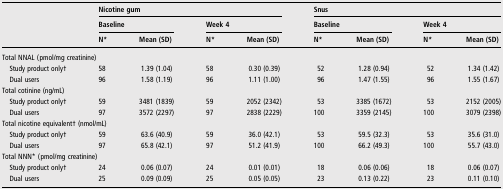
|  | <COLSPAN=4> Nicotine gum | <COLSPAN=4> Snus |
 |  | <COLSPAN=2> Baseline | <COLSPAN=2> Week 4 | <COLSPAN=2> Baseline | <COLSPAN=2> Week 4 |
 |  | N* | Mean (SD) | N* | Mean (SD) | N* | Mean (SD) | N* | Mean (SD) |
 | --- | --- | --- | --- | --- | --- | --- | --- | --- |
 | <COLSPAN=9> Total NNAL (pmol/mg creatinine) |
 | Study product only† | 58 | 1.39 (1.04) | 58 | 0.30 (0.39) | 52 | 1.28 (0.94) | 52 | 1.34 (1.42) |
 | Dual users | 96 | 1.58 (1.19) | 96 | 1.11 (1.00) | 96 | 1.47 (1.55) | 96 | 1.55 (1.67) |
 | <COLSPAN=9> Total cotinine (ng/mL) |
 | Study product only† | 59 | 3481 (1839) | 59 | 2052 (2342) | 53 | 3385 (1672) | 53 | 2152 (2005) |
 | Dual users | 97 | 3572 (2297) | 97 | 2838 (2229) | 100 | 3359 (2145) | 100 | 3079 (2398) |
 | <COLSPAN=9> Total nicotine equivalent† (nmol/mL) |
 | Study product only† | 59 | 63.6 (40.9) | 59 | 36.0 (42.1) | 53 | 59.5 (32.3) | 53 | 35.6 (31.0) |
 | Dual users | 97 | 65.8 (42.1) | 97 | 51.2 (41.9) | 100 | 66.2 (49.3) | 100 | 55.7 (43.0) |
 | <COLSPAN=9> Total NNN* (pmol/mg creatinine) |
 | Study product only† | 24 | 0.06 (0.07) | 24 | 0.01 (0.01) | 18 | 0.06 (0.06) | 18 | 0.06 (0.07) |
 | Dual users | 25 | 0.09 (0.09) | 25 | 0.05 (0.05) | 23 | 0.13 (0.22) | 23 | 0.11 (0.10) |